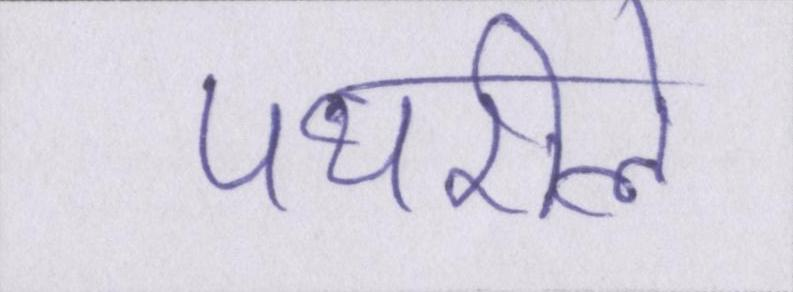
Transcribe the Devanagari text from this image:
पथरीले